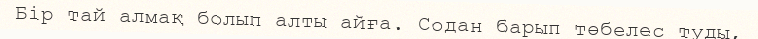
Бір тай алмақ болып алты айға. Содан барып төбелес туды,